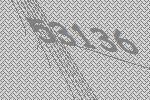
53136